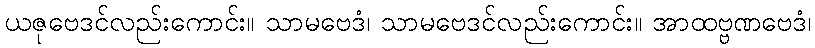
ယဇုဗေဒင်လည်းကောင်း။ သာမဗေဒံ၊ သာမဗေဒင်လည်းကောင်း။ အာထဗ္ဗဏဗေဒံ၊